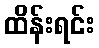
ထိန်းရင်း